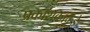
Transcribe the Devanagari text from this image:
प्रकाशकाकडे